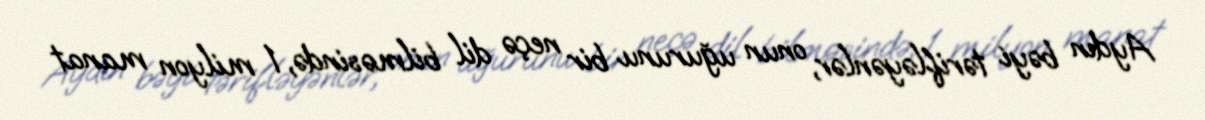
Aydın bəyi tərifləyənlər, onun uğurunu bir neçə dil bilməsində, 1 milyon manat